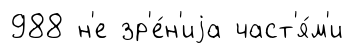
988 н'е зр'е́н'иjа част'я́м'и